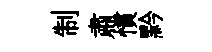
制肅慣黔